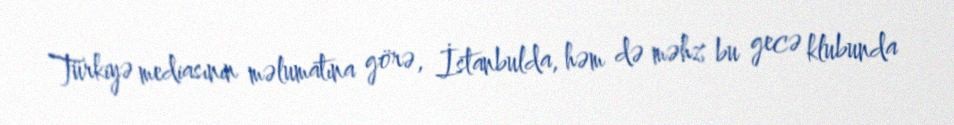
Türkiyə mediasının məlumatına görə, İstanbulda, həm də məhz bu gecə klubunda